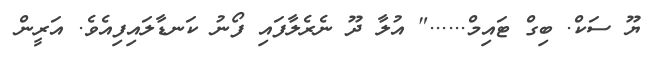
ޔޫ ސަކް. ބިގް ޓައިމް......" އުލާ ދޫ ނެރެލާފައި ފޯނު ކަނޑާލައިފިއެވެ. އަރީން